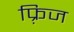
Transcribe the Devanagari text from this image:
फ़्रिज